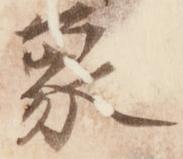
象